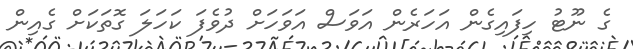
ގެ ނޫޓު ހިފައިގެން އަހަރެން އަވަސް އަވަހަށް ދުވެފަ ކަހަލަ ގޮތަކަށް ގެއިން